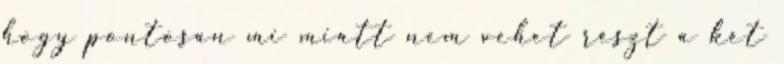
hogy pontosan mi miatt nem vehet részt a két